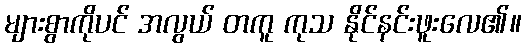
များစွာကိုပင် အလွယ် တကူ ကုသ နိုင်နင်းဖူးလေ၏။